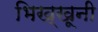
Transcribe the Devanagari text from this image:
भिख्खूनी